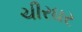
ચીરઘર